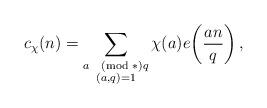
LaTeX: \begin{align*}c_\chi(n)=\sum_{\substack{a\pmod*{q}\\(a,q)=1}}\chi(a)e\!\left(\frac{an}q\right),\end{align*}